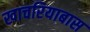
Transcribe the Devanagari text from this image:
खाचरियाबास